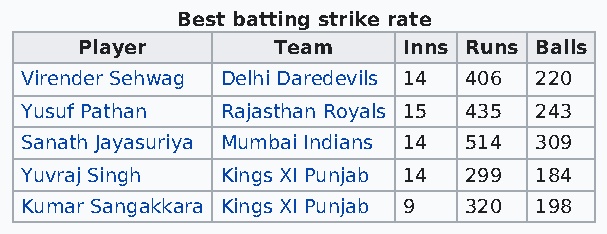
Best batting strike rate
 Player       Team     Inns Runs Balls
 Virender Sehwag Delhi Daredevils 14 406 220
 Yusuf Pathan  Rajasthan Royals 15 435 243
 Sanath Jayasuriya Mumbai Indians 14 514 309
 Yuvraj Singh  Kings XI Punjab 14 299 184
 Kumar Sangakkara Kings XI Punjab 9 320 198